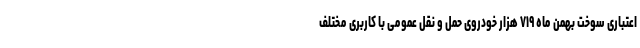
اعتباری سوخت بهمن ماه ۷۱۹ هزار خودروی حمل و نقل عمومی با کاربری مختلف